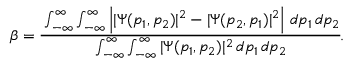
\beta = \cfrac { \int _ { - \infty } ^ { \infty } \int _ { - \infty } ^ { \infty } \left| | \Psi ( p _ { 1 } , p _ { 2 } ) | ^ { 2 } - | \Psi ( p _ { 2 } , p _ { 1 } ) | ^ { 2 } \right| \, d p _ { 1 } \, d p _ { 2 } } { \int _ { - \infty } ^ { \infty } \int _ { - \infty } ^ { \infty } | \Psi ( p _ { 1 } , p _ { 2 } ) | ^ { 2 } \, d p _ { 1 } \, d p _ { 2 } } .